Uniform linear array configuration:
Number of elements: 8
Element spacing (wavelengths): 0.25
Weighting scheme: hamming
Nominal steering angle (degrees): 15
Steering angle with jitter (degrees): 16.614
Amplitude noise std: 0.05
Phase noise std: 0.05

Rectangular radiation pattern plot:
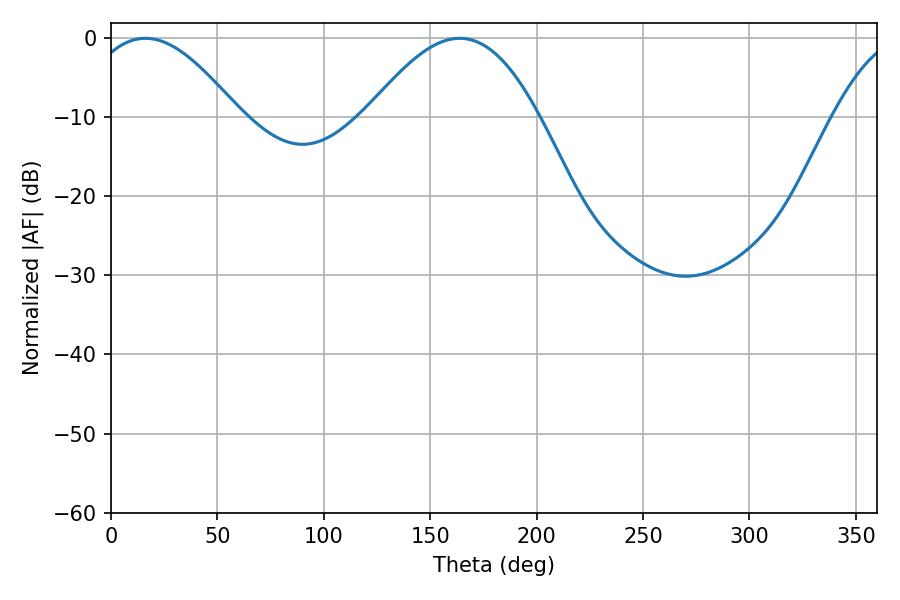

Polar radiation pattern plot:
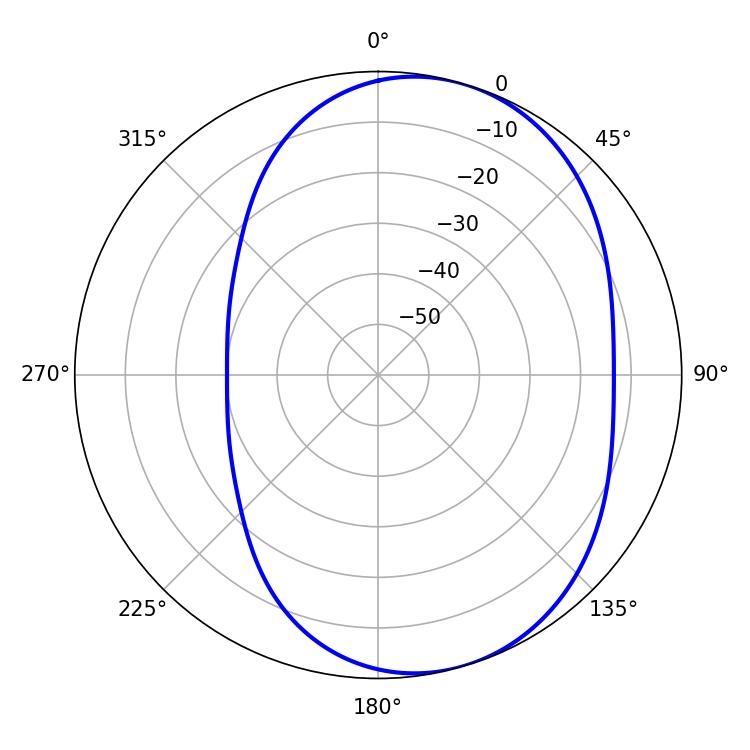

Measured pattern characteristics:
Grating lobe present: FALSE
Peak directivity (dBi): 5.752
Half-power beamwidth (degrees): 43.74
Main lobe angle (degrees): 163.8